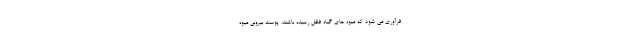
فرآوری می شود که میوه های گیاه فلفل رسیده باشند. پوست بیرونی میوه